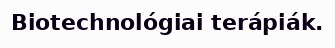
Biotechnológiai terápiák.